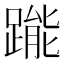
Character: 𨃳